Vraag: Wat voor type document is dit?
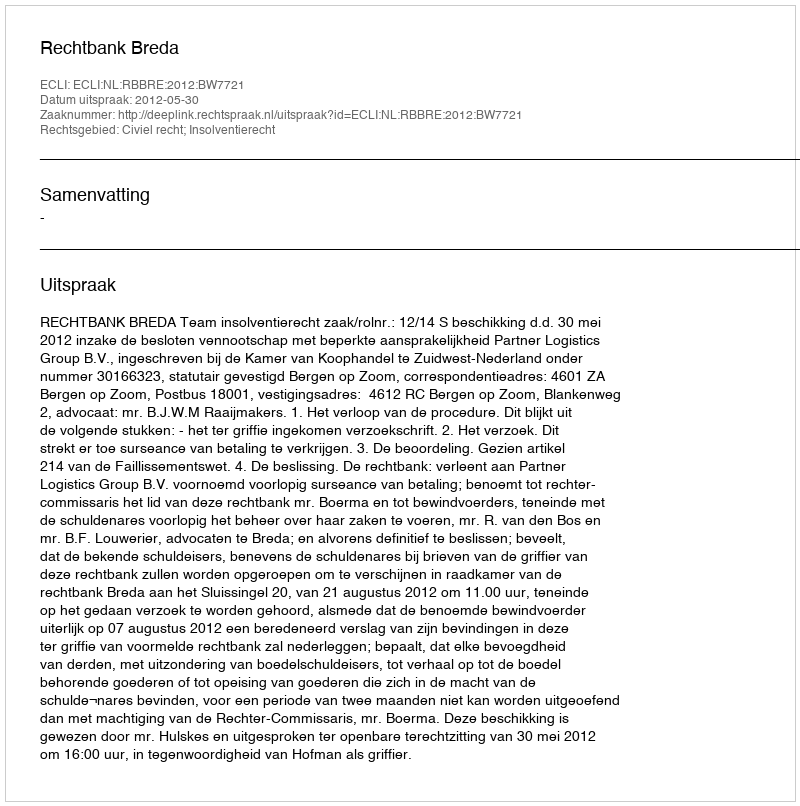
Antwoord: Uitspraak